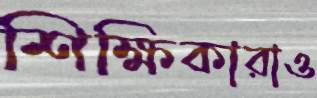
শিক্ষিকারাও